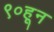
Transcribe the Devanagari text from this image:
९०हून